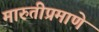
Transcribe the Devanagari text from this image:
मारुतीप्रमाणे